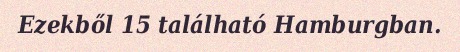
Ezekből 15 található Hamburgban.